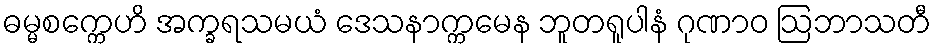
ဓမ္မစက္ကေဟိ အက္ခရသမယံ ဒေသနာက္ကမေန ဘူတရူပါနံ ဂုဏာဝ ဩဘာသတီ